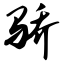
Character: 骄